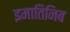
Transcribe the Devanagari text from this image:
इमातिनिब